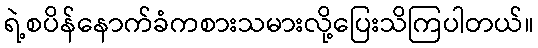
ရဲ့စပိန်နောက်ခံကစားသမားလို့ပြေးသိကြပါတယ်။